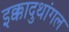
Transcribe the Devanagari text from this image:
इक्कादुथांगल